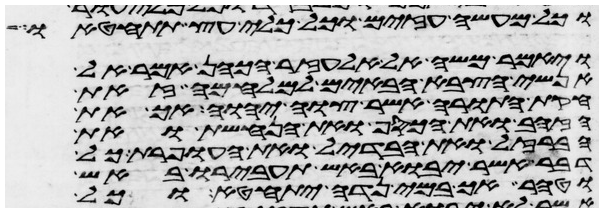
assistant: וכל מעשה עזים וכל כלי עץ תתחטאו
ויאמר משה אל אלעזר הכהן אמר אל
אנשי הצבא הבאים למלחמה זאת
חקת התורה אשר צוה יהוה אך את
הזהב ואת הכסף ואת הנחשת ואת
הברזל ואת הבדיל ואת העופרת כל
דבר אשר יבוא באש תעבירו באש
וטהר אך במי נדה יתחטא וכל